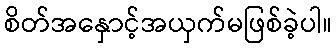
စိတ်အနှောင့်အယှက်မဖြစ်ခဲ့ပါ။